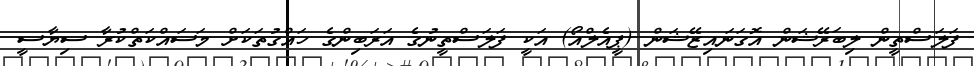
ފަލަސްތީން ލިބަރޭޝަން އޮގަނައިޒޭޝަން (ޕީއެލްއޯ) އަކީ ފަލަސްތީނުގެ އަރަބިންގެ ހައްގުތަކަށް މަސައްކަތްކުރާ ސިޔާސީ